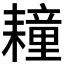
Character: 𦔛